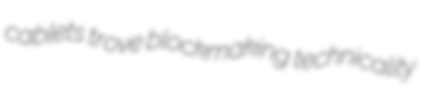
cablets trove blockmaking technicality